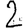
Digit: 2